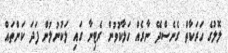
ލޮލުގެ ހަރަކާތް ގެނެސްދޭ ނާރެއް ހަލާކުވުން ރެޓިނާ ގައި ލަކުނުލުން ފަދަ ކަންތައް